Vaccination returns of the Province of Eastern Bengal and Assam - 1905-1912
Year: 1905
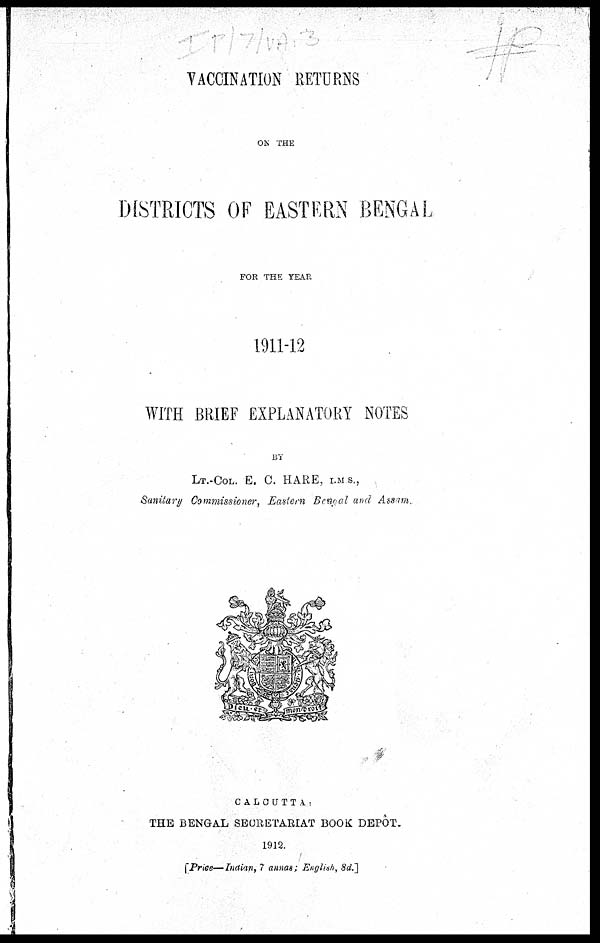
VACCINATION RETURNS
ON THE
DISTRICTS OF EASTERN BENGAL
FOR THE YEAR
1911-12
WITH BRIEF EXPLANATORY NOTES
BY
LT.-COL. E. C. HARE, I.M. S.,
Sanitary Commissioner, Eastern Bengal and Assam.
CALCUTTA:
THE BENGAL SECRETARIAT BOOK DEPÔT.
1912.
[Price—Indian, 7 annas; English, 8d. ]